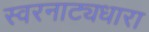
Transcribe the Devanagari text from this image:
स्वरनाट्यधारा